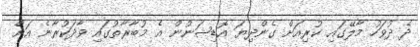
ދެ ދުވަހު މާލޭގައި ކުރިއަށް ގެންދިޔަ އޮޑިޝަނުން އެ މުބާރާތުގައި ވާދަކުރާނެ އަށް